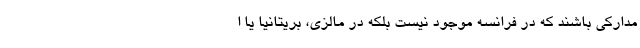
مدارکی باشند که در فرانسه موجود نیست بلکه در مالزی، بریتانیا یا ا